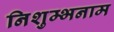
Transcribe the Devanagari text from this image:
निशुम्भनाम